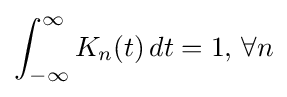
\int _{-\infty }^{\infty }K_{n}(t)\,dt=1,\,\forall n